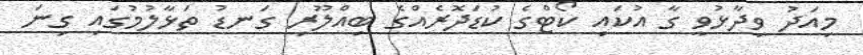
މިއަދު ވިދާޅުވީ ގާ އުކައި ކޯޓްގެ ކުޑަދޮރެއްގެ ބިއްލޫރި ގަނޑު ތަޅާލުމުގައި ގިނަ